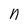
Character: n